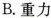
B.重力